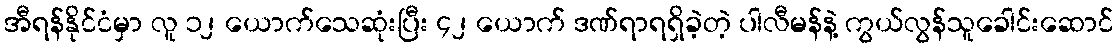
အီရန်နိုင်ငံမှာ လူ ၁၂ ယောက်သေဆုံးပြီး ၄၂ ယောက် ဒဏ်ရာရရှိခဲ့တဲ့ ပါလီမန်နဲ့ ကွယ်လွန်သူခေါင်းဆောင်